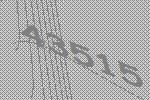
43515